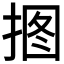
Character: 𱠊